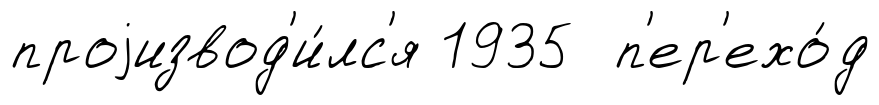
проjизвод'и́лс'я 1935 п'ер'ехо́д